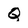
Character: Q